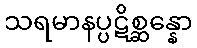
သရမာနပ္ပဋိစ္ဆန္နော